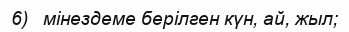
6)   мінездеме берілген күн, ай, жыл;